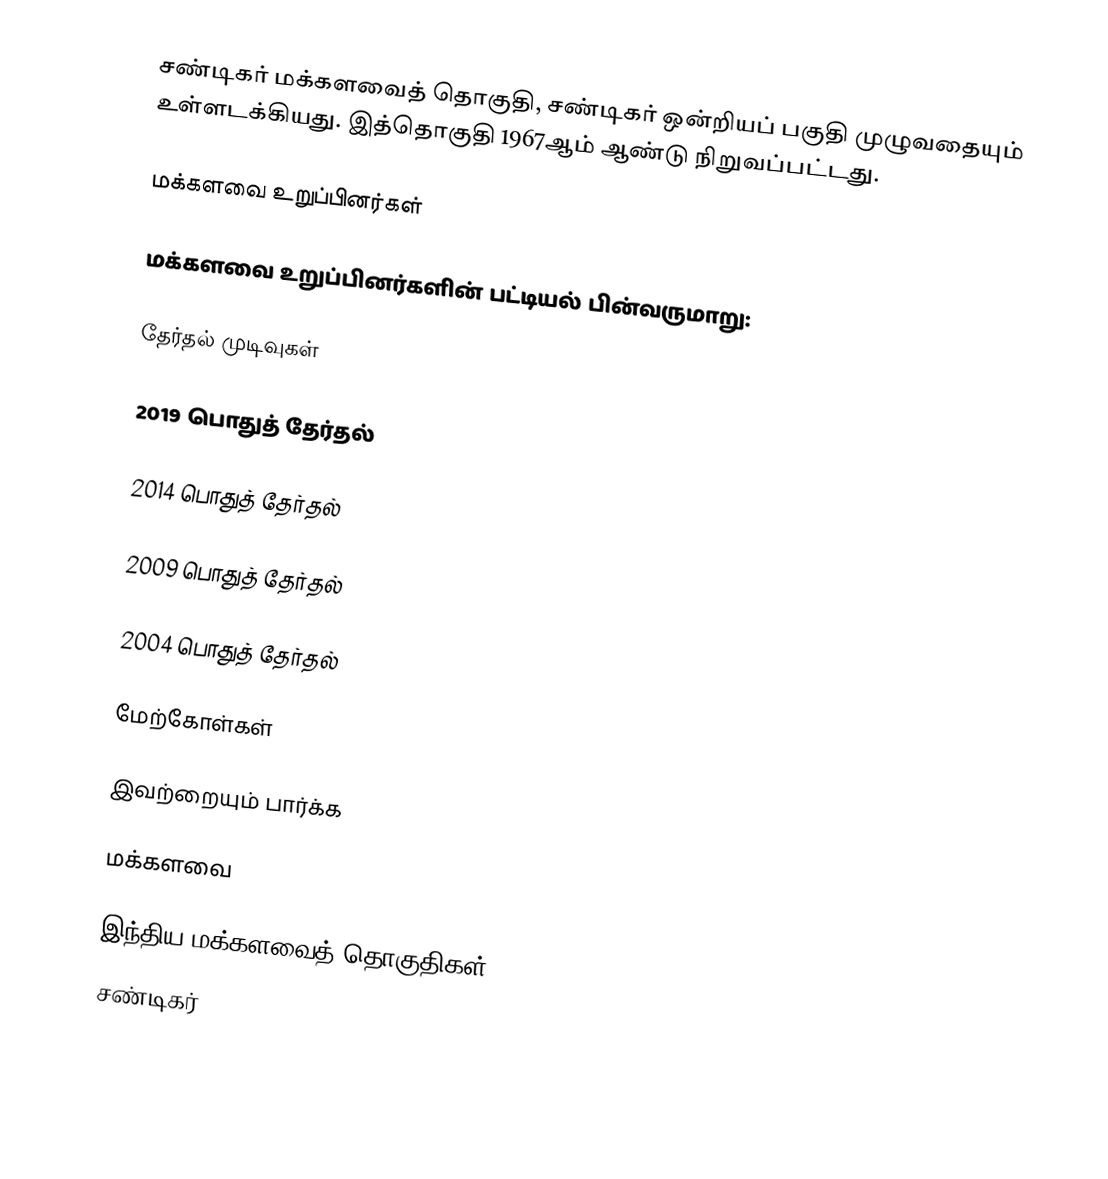
சண்டிகர் மக்களவைத் தொகுதி, சண்டிகர் ஒன்றியப் பகுதி முழுவதையும் உள்ளடக்கியது. இத்தொகுதி 1967ஆம் ஆண்டு நிறுவப்பட்டது.

மக்களவை உறுப்பினர்கள்

மக்களவை உறுப்பினர்களின் பட்டியல் பின்வருமாறு:

தேர்தல் முடிவுகள்

2019 பொதுத் தேர்தல்

2014 பொதுத் தேர்தல்

2009 பொதுத் தேர்தல்

2004 பொதுத் தேர்தல்

மேற்கோள்கள்

இவற்றையும் பார்க்க

 மக்களவை

இந்திய மக்களவைத் தொகுதிகள்
சண்டிகர்